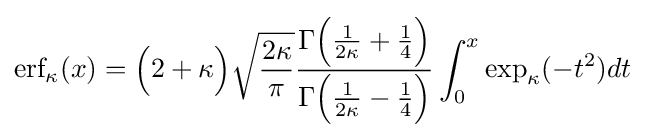
{\textrm {erf}}_{\kappa }(x)={\Big (}2+\kappa {\Big )}{\sqrt {\frac {2\kappa }{\pi }}}{\frac {\Gamma {\Big (}{\frac {1}{2\kappa }}+{\frac {1}{4}}{\Big )}}{\Gamma {\Big (}{\frac {1}{2\kappa }}-{\frac {1}{4}}{\Big )}}}\int _{0}^{x}\exp _{\kappa }(-t^{2})dt